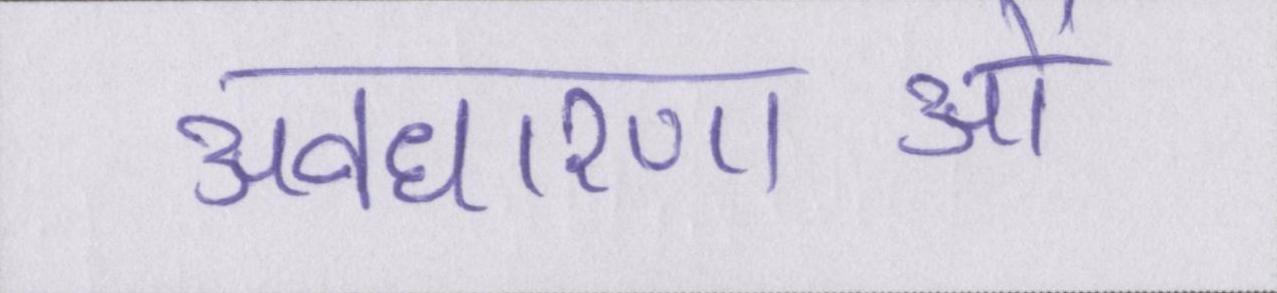
अवधारणाओं